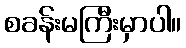
စခန်းမကြီးမှာပါ။